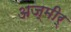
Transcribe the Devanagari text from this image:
अज्मीर्